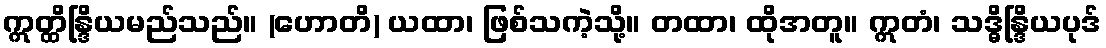
ဣတ္ထိန္ဒြိယမည်သည်။ (ဟောတိ) ယထာ၊ ဖြစ်သကဲ့သို့။ တထာ၊ ထိုအတူ။ ဣတံ၊ သဒ္ဓိန္ဒြိယပုဒ်